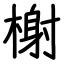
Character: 榭